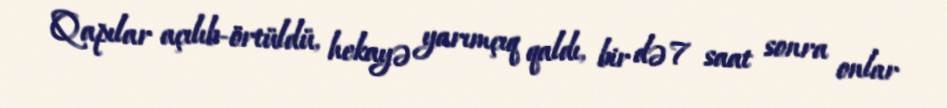
Qapılar açılıb-örtüldü, hekayə yarımçıq qaldı, bir də 7 saat sonra onlar